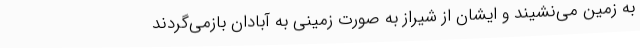
به زمین می‌نشیند و ایشان از شیراز به صورت زمینی به آبادان بازمی‌گردند